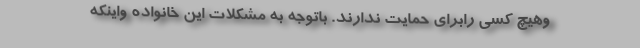
وهیچ کسی رابرای حمایت ندارند. باتوجه به مشکلات این خانواده واینکه